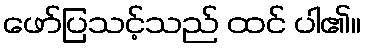
ဖော်ပြသင့်သည် ထင် ပါ၏။